Vaccination in Bombay 1874-1876 - 1874-1876
Year: 1874
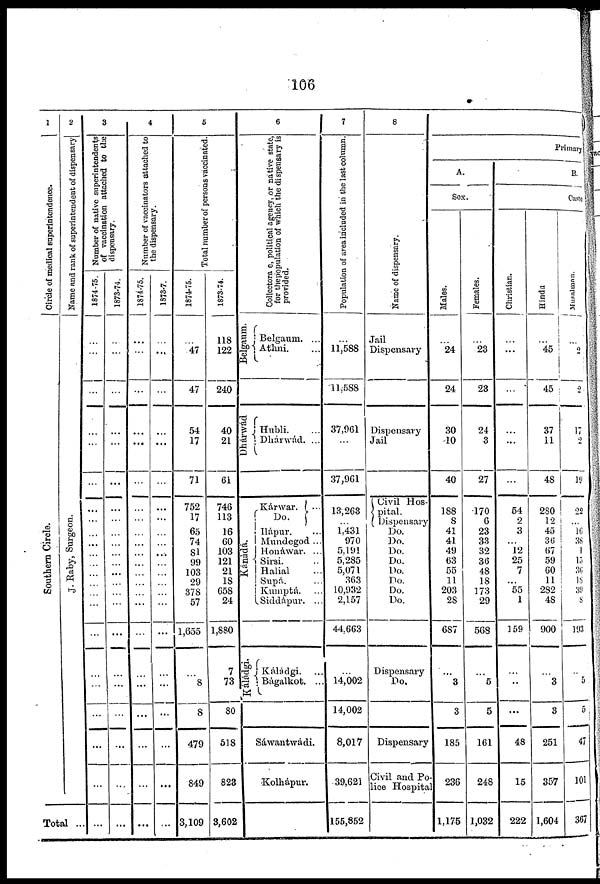
106
1
Circle of medical superintendence.
Southern Circle.
2
Name and rank of superintendent of dispensary
J. Raby, Surgeon.
Total ...
3
Number of native superintendents
of vaccination attached to the
dispensary.
1874-75.
...
...
...
...
...
...
...
...
...
...
...
...
...
...
...
...
...
...
...
...
...
...
...
1873-74.
...
...
...
...
...
...
...
...
...
...
...
...
...
...
...
...
...
...
...
...
...
...
...
4
Number of vaccinators attached to
the dispensary.
1874-75.
...
...
...
...
...
...
...
...
...
...
...
...
...
...
...
...
...
...
...
...
...
...
...
1873-7.
...
...
...
...
...
...
...
...
...
...
...
...
...
...
...
...
...
...
...
...
...
...
...
5
Total number of persons vaccinated.
1874-75.
...
47
47
54
17
71
752
17
65
74
81
99
103
29
378
57
1,655
...
8
8
479
849
3,109
1873-74.
118
122
240
40
21
61
746
113
16
60
103
121
21
18
658
24
1,880
7
73
80
518
823
3,602
6
Collectora e, political agency, or native state,
for the population of which the dispensary is
provided.
Belgaum.
Belgaum. ...
Athni. ...
Dhárwád
Hubli. ...
Dhárwád. ...
Kánàdá.
Káládgi.
Kárwar.
Do. ...
Ilápur. ...
Mundegod ...
Honáwar. ...
Sirsi. ..
Halial ...
Supá. ...
Kumptá. ...
Siddápur. ...
Káládgi. ...
Bàgalkot. ...
Sáwantwádi.
Kolhápur.
7
Population of area included in the last column.
...
11,588
11,588
37,961
...
37,961
13,263
...
1,431
970
5,191
5,285
5,071
363
10,932
2,157
44,663
... 14,002
14,002
8,017
39,621
155,852
8
Name of dispensary.
Jail
Dispensary
Dispensary
Jail
Civil Hos-
pital Dispensary
Do.
Do.
Do.
Do.
Do.
Do.
Do.
Do.
Dispensary
Do.
Dispensary
Civil and Po-
lice Hospital
Primary
A.
Sax.
Males.
...
24
24
30
10
40
188
8
41
41
49
63
55
11
203
28
687
...
3
3
185
236
1,175
Females.
...
23
23
24
3
27
170
6
23
33
32
36
48
18
373
29
568
...
5
5
161
248
1,032
B.
Caste.
Christian.
...
...
...
...
...
...
54
2
3
...
12
25
7
...
55
1
159
...
..
...
48
15
222
Hindu
...
45
45
37
11
48
280
12
45
36
67
59
60
11
282
48
900
...
3
3
251
357
1,604
Musalman.
...
2
2
17
2
19
22
...
16
38
1
15
36
18
39
8
193
...
5
5
47
101
367